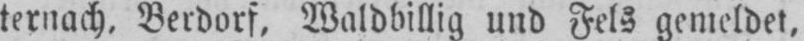
ternach, Berdorf, Waldbillig und Fels gemeldet,